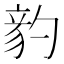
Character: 𥪈